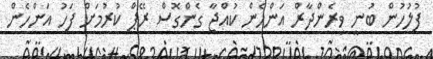
ފުލުހުން ބުނީ ވިރެންދާރް އަންހެން ކުއްޖާ ގެންގޮސް ރޭޕް ކުރުމަށް ފަހު އަންހެން